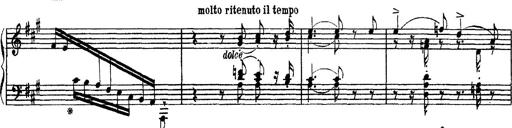
Title: Apparitions
Composer: Franz Liszt